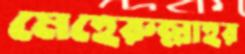
মেহেরুল্লাহর